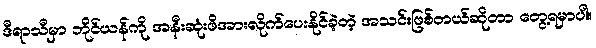
ဒီရာသီမှာ ဘိုင်ယန်ကို အနီးဆုံးဖိအားလိုက်ပေးနိုင်ခဲ့တဲ့ အသင်းဖြစ်တယ်ဆိုတာ တွေ့ရမှာပါ။